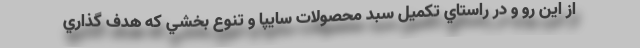
از اين رو و در راستاي تكميل سبد محصولات سايپا و تنوع بخشي كه هدف گذاري